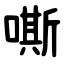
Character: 嘶